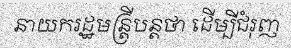
នាយករដ្ឋមន្ត្រីបន្តថា ដើម្បីជំរុញ